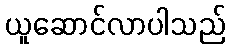
ယူဆောင်လာပါသည်